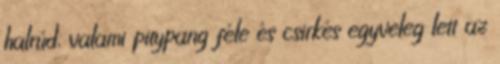
halrúd, valami pitypang féle és csirkés egyveleg lett az